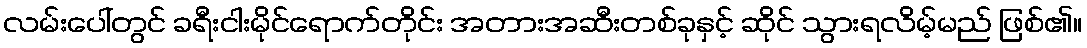
လမ်းပေါ်တွင် ခရီးငါးမိုင်ရောက်တိုင်း အတားအဆီးတစ်ခုနှင့် ဆိုင် သွားရလိမ့်မည် ဖြစ်၏။